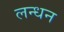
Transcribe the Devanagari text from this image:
लन्धन